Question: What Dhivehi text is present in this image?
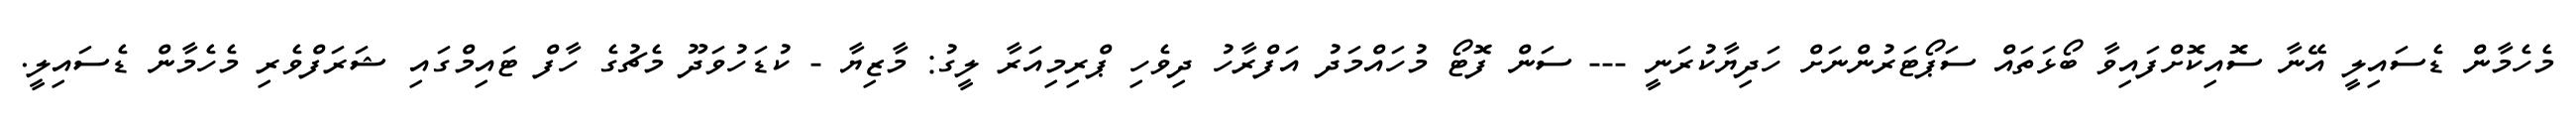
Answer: މެހެމާން ޑެސައިލީ އޭނާ ސޮއިކޮށްފައިވާ ބޯޅަތައް ސަޕޯޓަރުންނަށް ހަދިޔާކުރަނީ --- ސަން ފޮޓޯ މުހައްމަދު އަފްރާހު ދިވެހި ޕްރިމިއަރާ ލީގު: މާޒިޔާ - ކުޑަހުވަދޫ މެޗުގެ ހާފް ޓައިމްގައި ޝަރަފްވެރި މެހެމާން ޑެސައިލީ.